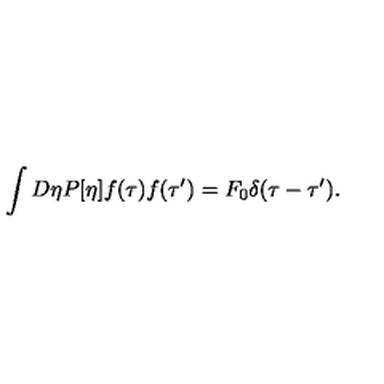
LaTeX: \int D \eta P [ \eta ] f ( \tau ) f ( \tau ^ { \prime } ) = F _ { 0 } \delta ( \tau - \tau ^ { \prime } ) .